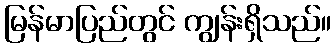
မြန်မာပြည်တွင် ကျွန်းရှိသည်။